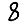
Digit: 8